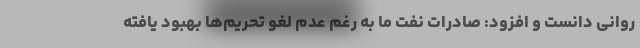
روانی دانست و افزود: صادرات نفت ما به رغم عدم لغو تحریم‌ها بهبود یافته